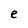
Character: e